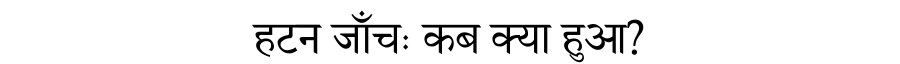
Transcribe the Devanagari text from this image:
हटन जाँचः कब क्या हुआ?